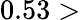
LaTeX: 0.53>